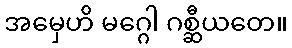
အမှေဟိ မဂ္ဂေါ ဂစ္ဆီယတေ။